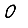
Digit: 0